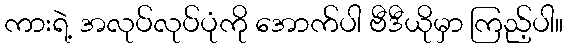
ကားရဲ့ အလုပ်လုပ်ပုံကို အောက်ပါ ဗီဒီယိုမှာ ကြည့်ပါ။